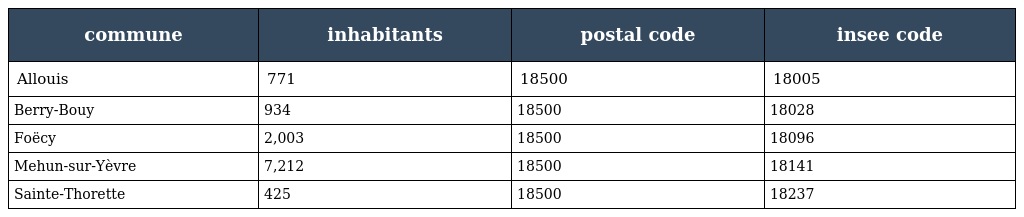
| commune | inhabitants | postal code | insee code |
 | --- | --- | --- | --- |
 | Allouis | 771 | 18500 | 18005 |
 | Berry-Bouy | 934 | 18500 | 18028 |
 | Foëcy | 2,003 | 18500 | 18096 |
 | Mehun-sur-Yèvre | 7,212 | 18500 | 18141 |
 | Sainte-Thorette | 425 | 18500 | 18237 |